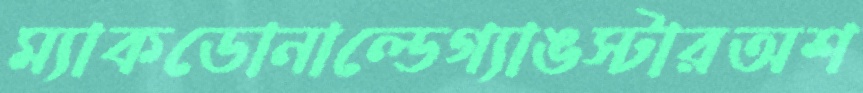
ম্যাকডোনাল্ডেগ্যাঙস্টারঅশ